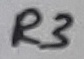
Text: R3